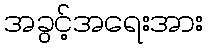
အခွင့်အရေးအား